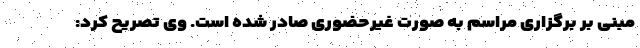
مبنی بر برگزاری مراسم به صورت غیرحضوری صادر شده است. وی تصریح کرد: